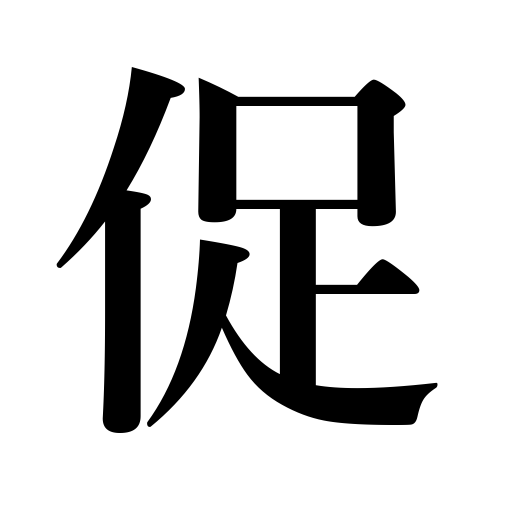
Meanings: stimulate,urge,incite,quicken,press,invite attention to,demand